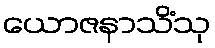
ယောဇနာသိံသု